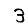
Digit: 3